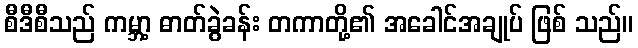
စီဒီစီသည် ကမ္ဘာ့ ဓာတ်ခွဲခန်း တကာတို့၏ အခေါင်အချုပ် ဖြစ် သည်။